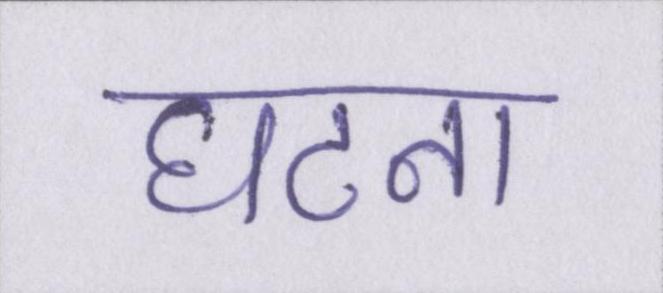
घटना